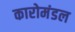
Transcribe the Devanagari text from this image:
कारोमंडल